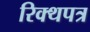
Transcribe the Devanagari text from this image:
रिक्थपत्र